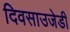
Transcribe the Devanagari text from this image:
दिवसाउजेडी